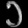
Digit: ၁